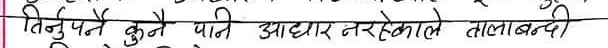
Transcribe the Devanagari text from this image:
तिर्नुपर्ने कुनै पनि आधार नरहेकाले तालबन्दी